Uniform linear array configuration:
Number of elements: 48
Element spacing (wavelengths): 0.25
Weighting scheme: kaiser
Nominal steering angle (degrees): -15
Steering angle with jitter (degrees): -16.658
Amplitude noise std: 0.05
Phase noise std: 0.05

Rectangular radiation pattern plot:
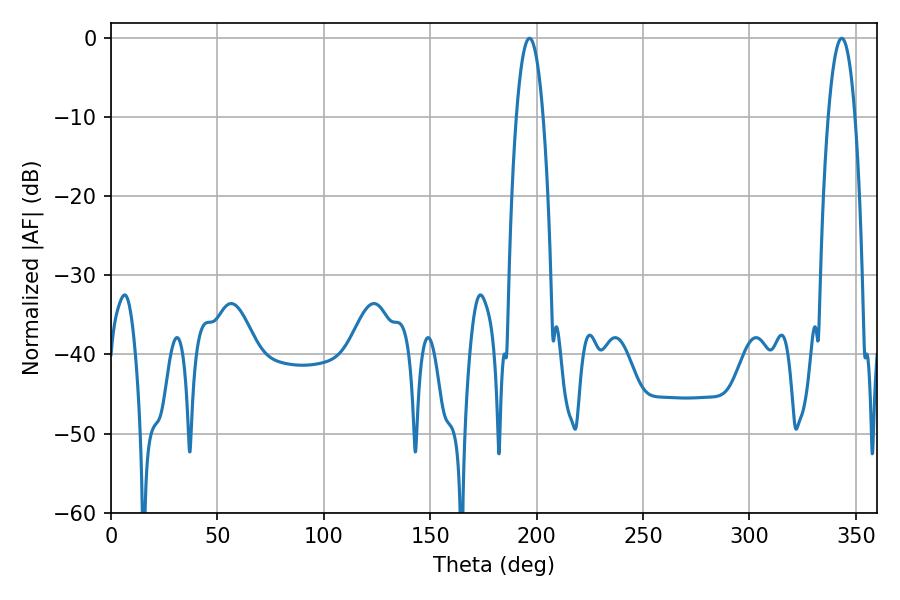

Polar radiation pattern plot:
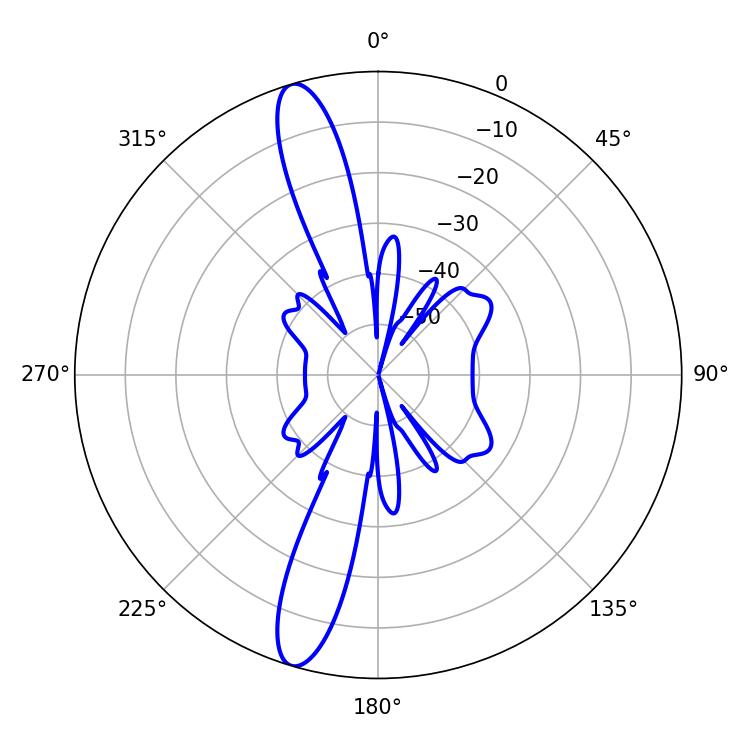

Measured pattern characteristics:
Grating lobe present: FALSE
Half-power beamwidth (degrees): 7.02
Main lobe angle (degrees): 196.56